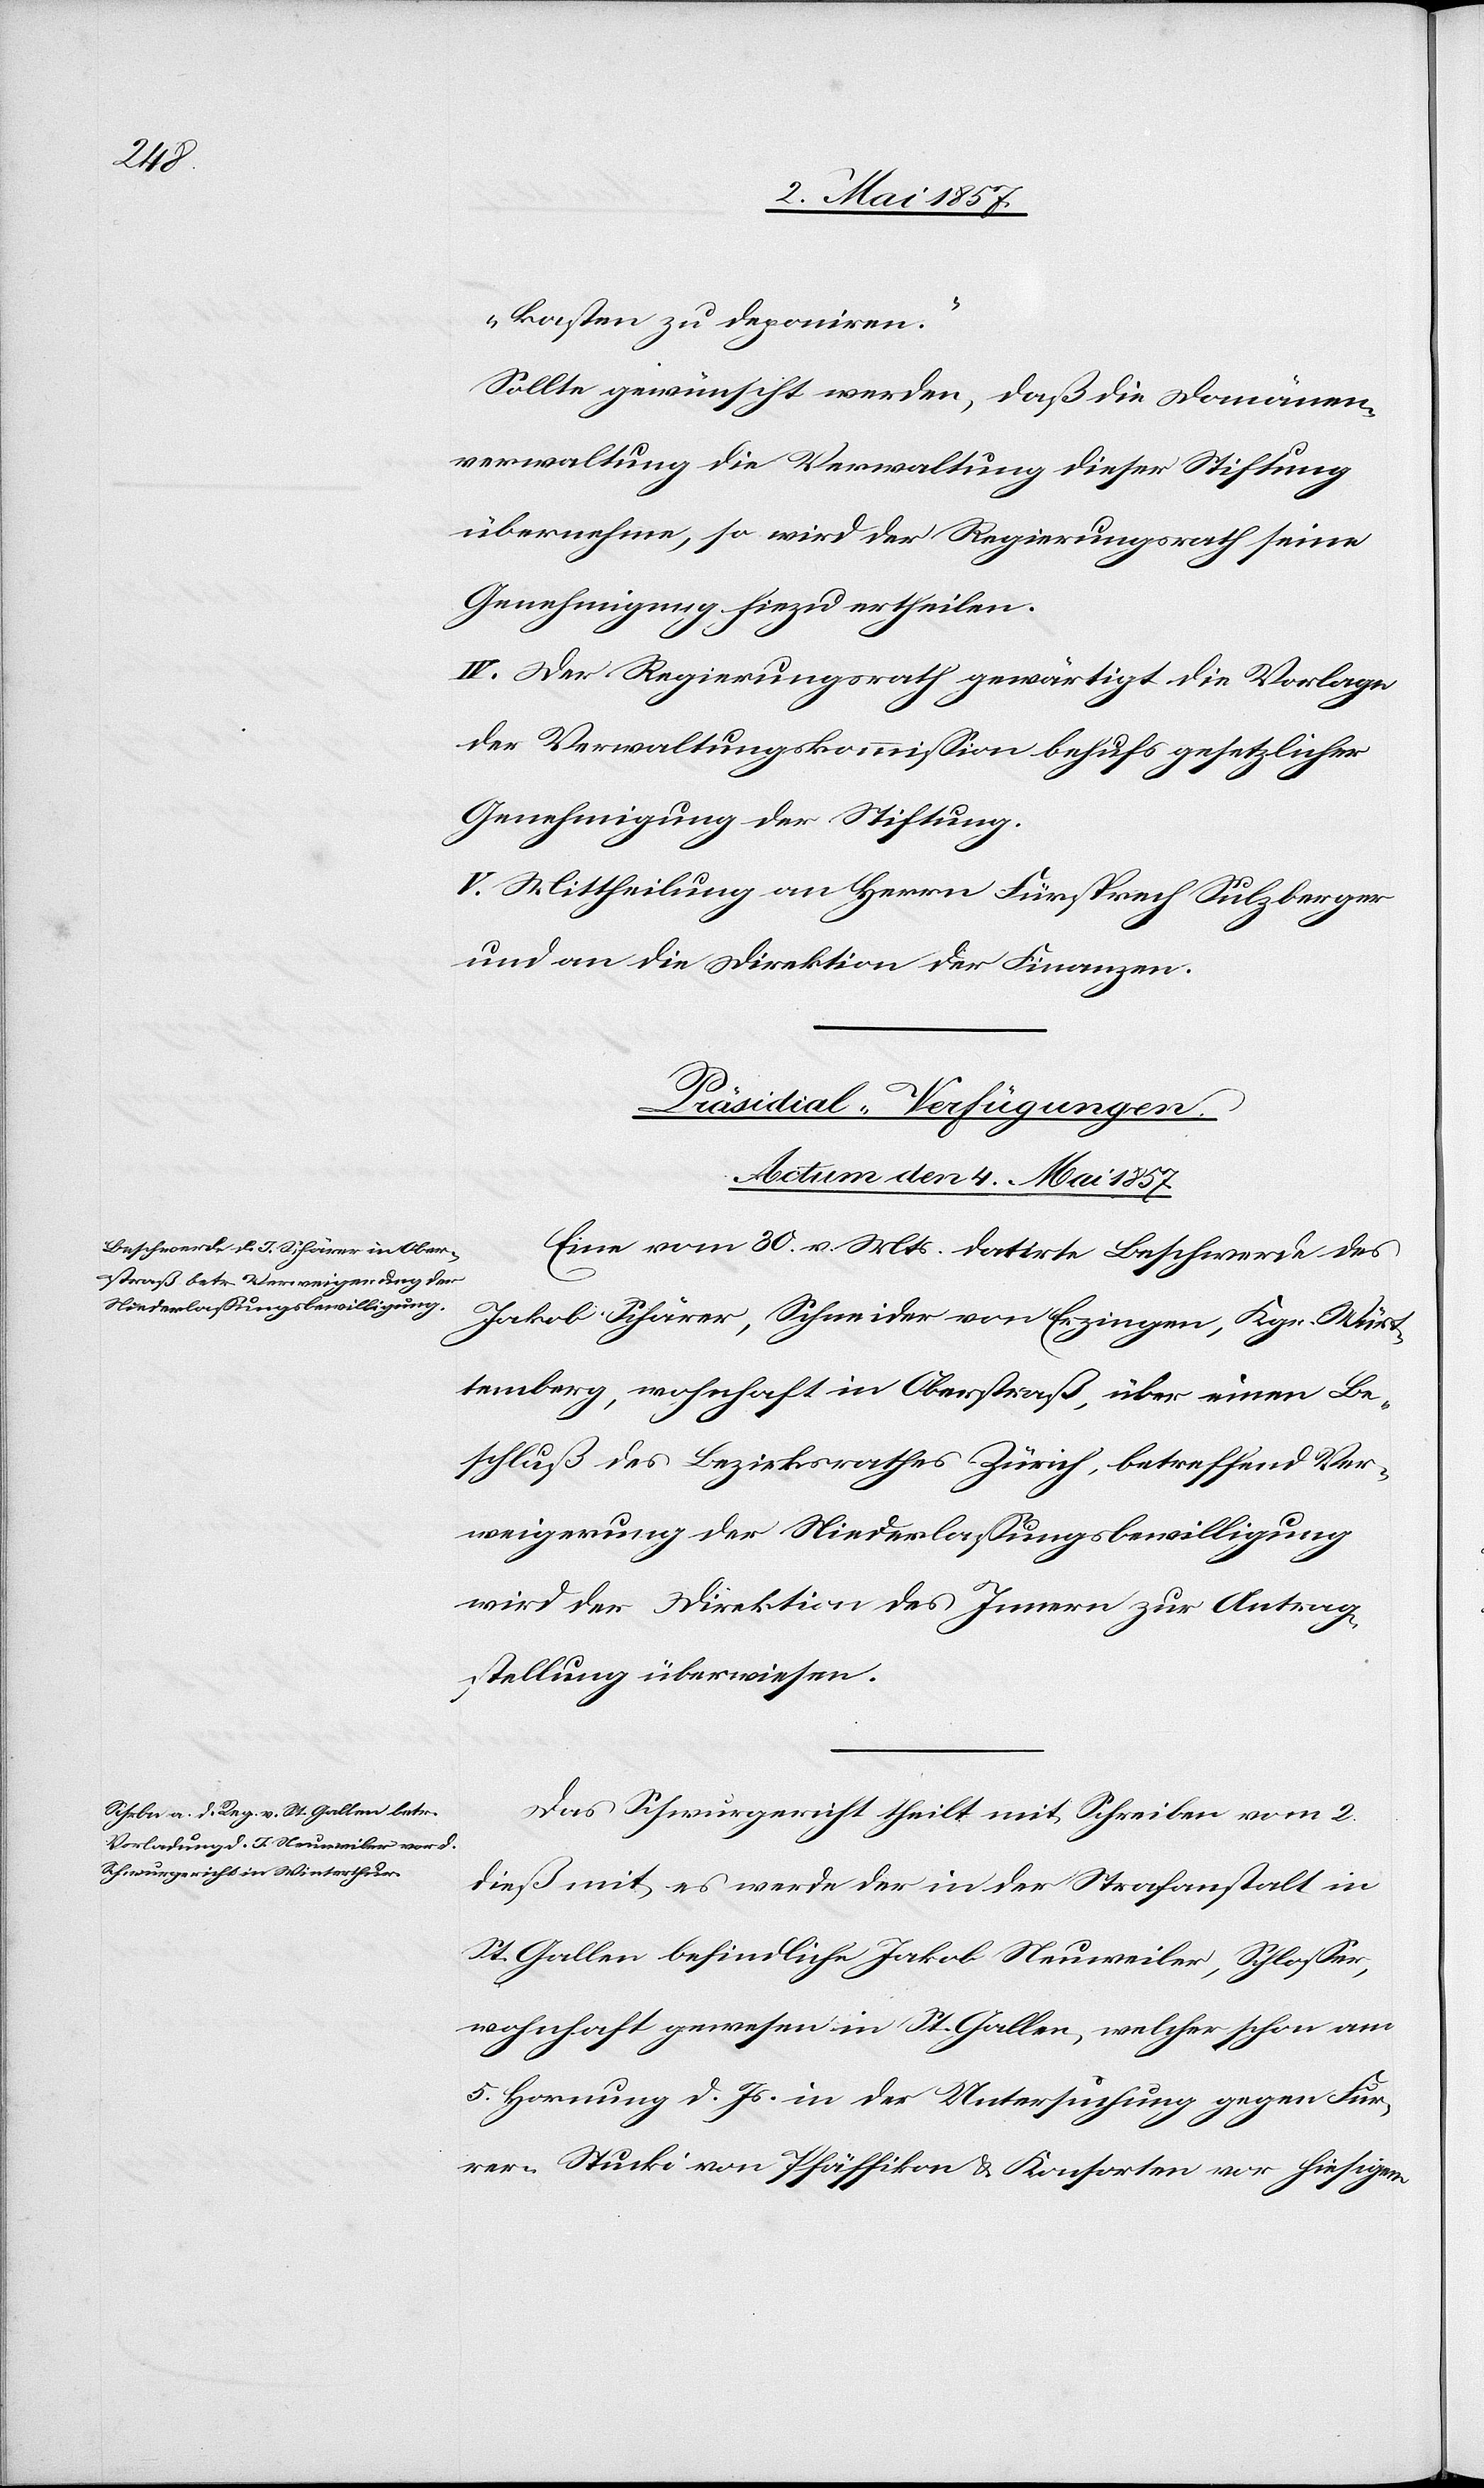
kasten zu deponiren.“
Sollte gewünscht werden, daß die Domänen¬
verwaltung die Verwaltung dieser Stiftung
übernehme, so wird der Regierungsrath seine
Genehmigung hiezu ertheilen.
IV. Der Regierungsrath gewärtigt die Vorlage
der Verwaltungskommission behufs gesetzlicher
Genehmigung der Stiftung.
V. Mittheilung an Herrn Fürsprech Sulzberger
und an die Direktion der Finanzen.
[Präsidial-Verfügungen.
Actum den 4 Mai 1857.]
Eine vom 30 v. Mts. datirte Beschwerde des
Jakob Schärer, Schneider von Erzingen, Kgr. Würt¬
temberg, wohnhaft in Oberstraß, über einen B¬
schluß des Bezirksrathes Zürich, betreffend Ver¬
weigerung der Niederlaßungsbewilligung
wird der Direktion des Innern zur Antrag¬
stellung überwiesen.
Das Schwurgericht theilt mit Schreiben vom 2
dieß mit es werde der in der Strafanstalt in
St. Gallen befindliche Jakob Neuweiler, Schlosser,
wohnhaft gewesen in St. Gallen, welcher schon am
5 Hornung d. Js. in der Untersuchung gegen Fur¬
rer Stucki von Pfäffikon u. Konsorten vor hiesigem